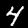
Digit: 4